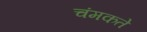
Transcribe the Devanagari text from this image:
चंमकते